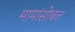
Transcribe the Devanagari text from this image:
मामांसोबत